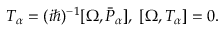
{ \cal T } _ { \alpha } = ( i \hbar ) ^ { - 1 } [ \Omega , \bar { { \cal P } } _ { \alpha } ] , \; [ \Omega , { \cal T } _ { \alpha } ] = 0 .